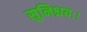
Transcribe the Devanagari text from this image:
सुनिश्चयः।